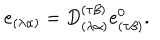
e _ { ( \lambda \alpha ) } = D _ { ( \lambda \alpha ) } ^ { ( \tau \beta ) } e _ { ( \tau \beta ) } ^ { 0 } .